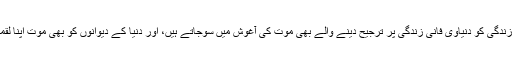
اخروی ابدی زندگی کو دنیاوی فانی زندگی پر ترجیح دینے والے بھی موت کی آغوش میں سوجاتے ہیں، اور دنیا کے دیوانوں کو بھی موت اپنا لقمہ بنالیتی ہے۔